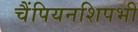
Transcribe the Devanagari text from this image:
चैंपियनशिपभी